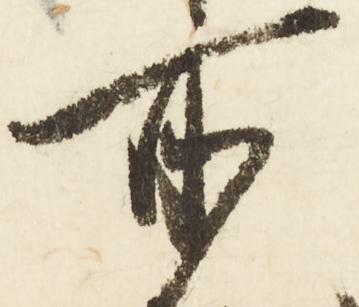
所